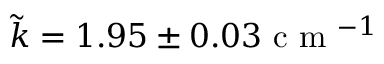
\tilde { k } = 1 . 9 5 \pm 0 . 0 3 \mathrm { ~ c ~ m ~ } ^ { - 1 }